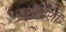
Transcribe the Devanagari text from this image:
राशीराशी